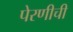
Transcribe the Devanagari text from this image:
पेरणीची